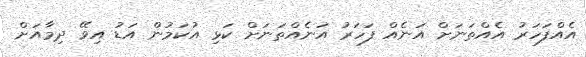
އެއްފަހަރު އެއްތަނަށް އަނެއް ފަހަރު އަނެއްތަނަށް ކަޅި އުކަމުން އަޑު އިވޭ ދިމާއަށް